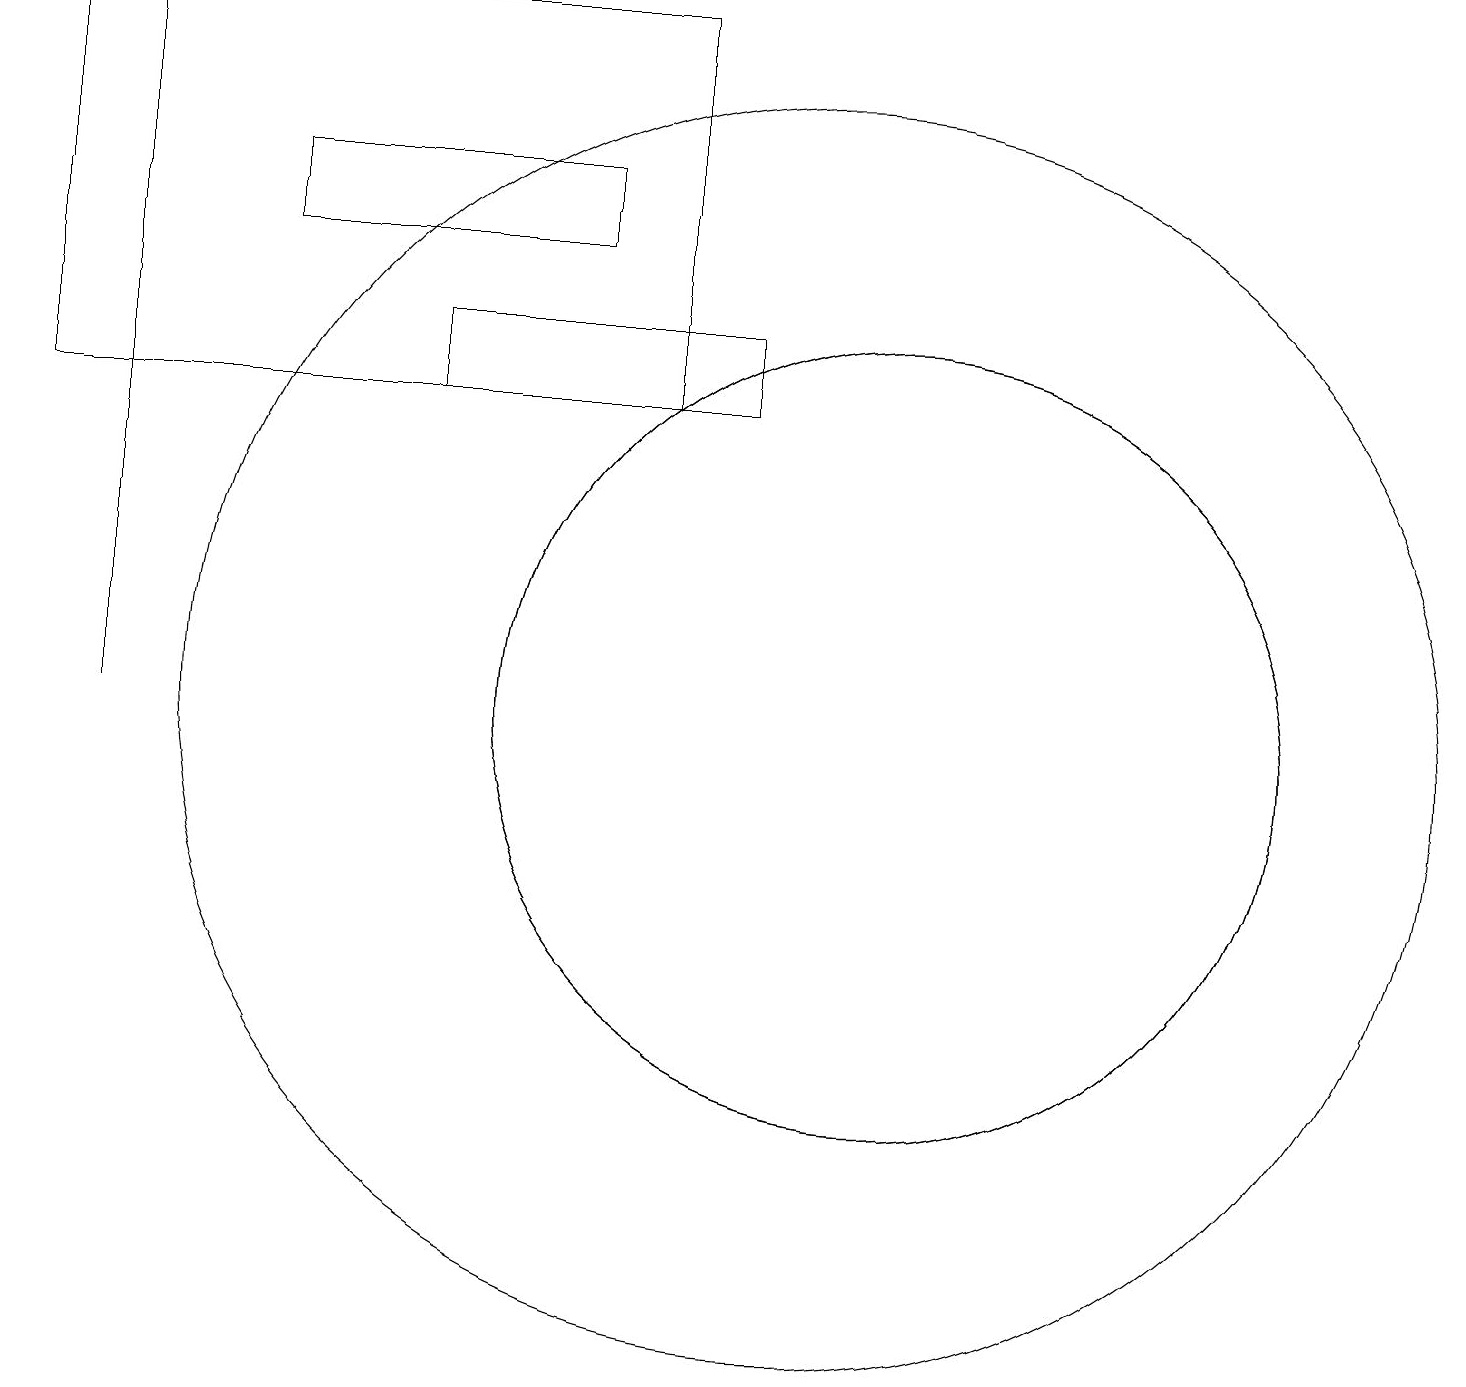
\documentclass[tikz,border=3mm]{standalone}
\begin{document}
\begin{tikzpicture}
\draw (1,19) rectangle (1,10);
\draw (11,10) circle (5);
\draw (0,14) rectangle (8,19);
\draw (5,15) rectangle (9,14);
\draw (10,10) circle (0);
\draw (11,10) circle (5);
\draw (7,17) rectangle (3,16);
\draw (10,10) circle (8);
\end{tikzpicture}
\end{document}